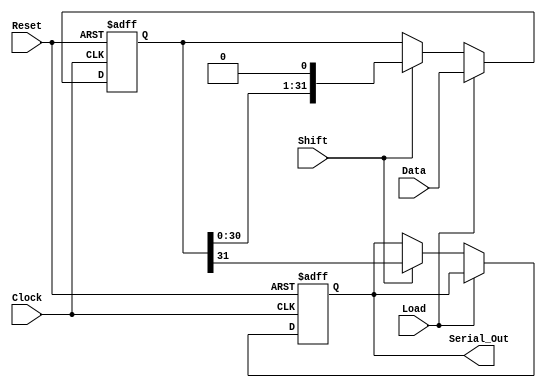
module PISO_Register (
    input wire [31:0] Data,      // 32-bit parallel input data bus
    input wire Load,             // Control signal to load data
    input wire Shift,            // Control signal to shift data out serially
    input wire Clock,            // Clock signal for synchronous operation
    input wire Reset,            // Asynchronous reset signal
    output reg Serial_Out        // Serial output
);
    
    reg [31:0] shift_reg;        // Internal 32-bit register

    always @(posedge Clock or posedge Reset) begin
        if (Reset) begin
            shift_reg <= 32'b0;   // Clear the register on reset
            Serial_Out <= 1'b0;   // Optional: clear output on reset
        end 
        else if (Load) begin
            shift_reg <= Data;     // Load data into the shift register
        end
        else if (Shift) begin
            Serial_Out <= shift_reg[31]; // Output the MSB
            shift_reg <= {shift_reg[30:0], 1'b0}; // Shift right and fill LSB with 0
        end
    end
endmodule